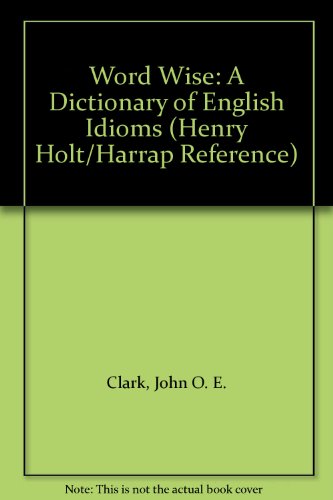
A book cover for Word Wise: A Dictionary of English Idioms (Henry Holt/Harrap Reference); John O. E. Clark; Reference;